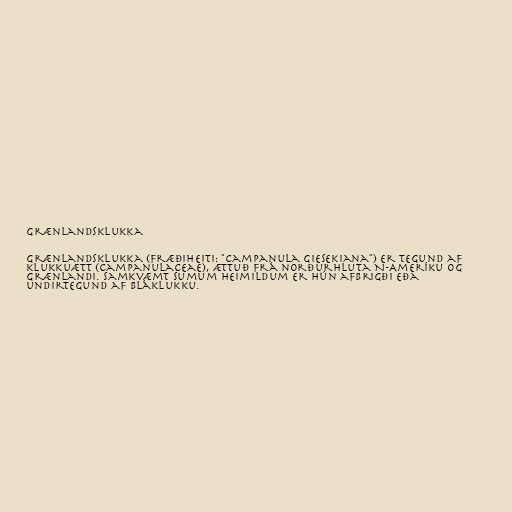
Grænlandsklukka

Grænlandsklukka (fræðiheiti: "Campanula giesekiana") er tegund af
klukkuætt (Campanulaceae), ættuð frá norðurhluta N-Ameríku og
Grænlandi. Samkvæmt sumum heimildum er hún afbrigði eða
undirtegund af bláklukku.